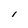
Character: l